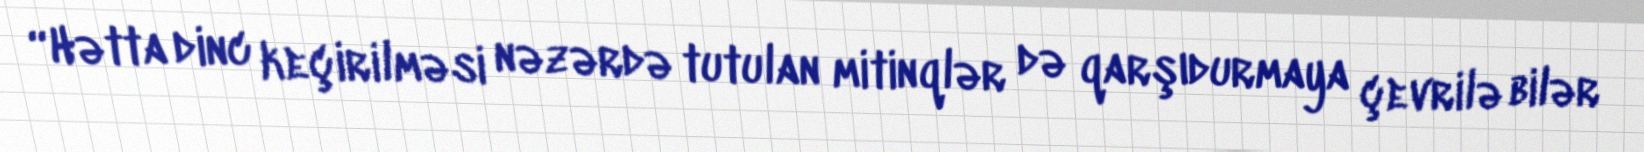
“Hətta dinc keçirilməsi nəzərdə tutulan mitinqlər də qarşıdurmaya çevrilə bilər